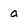
Character: a